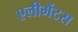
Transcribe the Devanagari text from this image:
एलीमेंटस